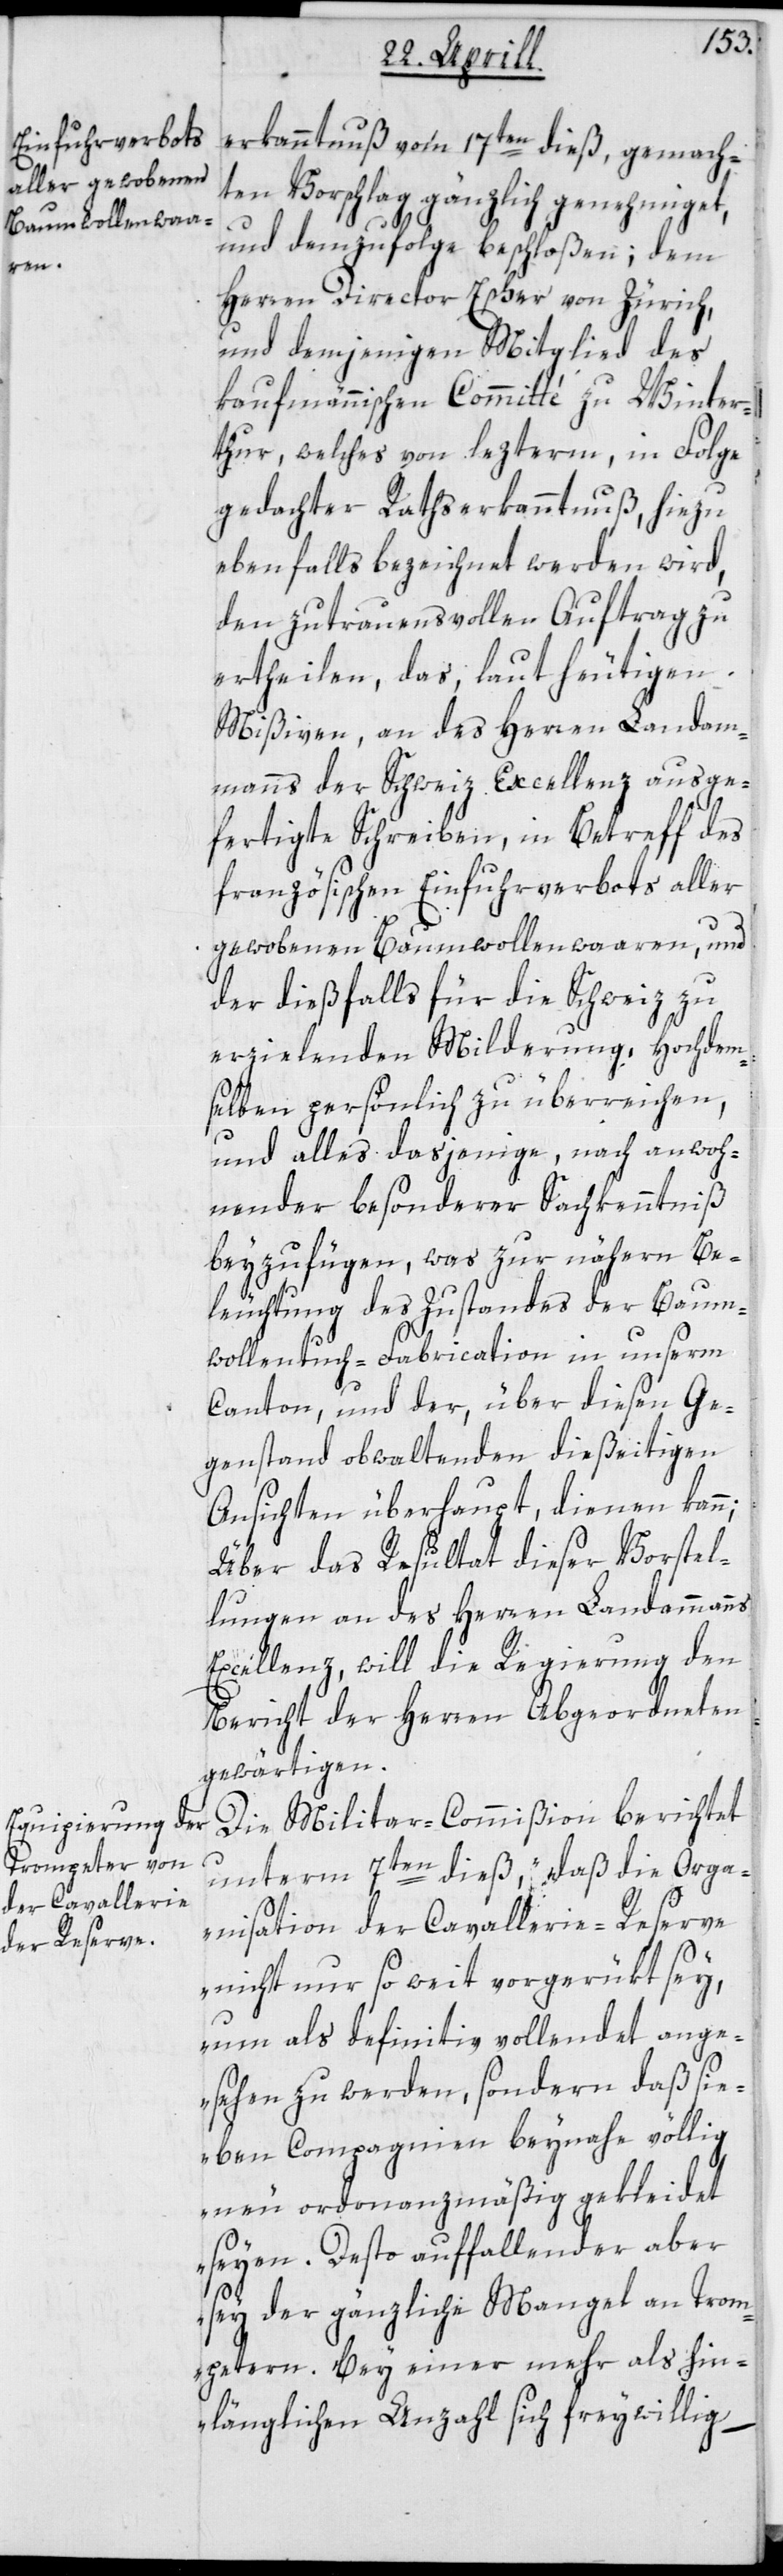
erkanntnuß vom 17sten dieß, gemach¬
ten Vorschlag gänzlich genehmiget,
n;
und demzufolge beschloßen, dem
Herren Director Escher von Zürich,
und demjenigen Mitglied des
kaufmännischen Committé zu Winter¬
thur, welches von lezterm, in Folge
gedachter Rathserkanntnuß, hiezu
ebenfalls bezeichnet werden wird,
den zutrauensvollen Auftrag zu
ertheilen, das laut heutigen
Mißiven, an des Herren Landam¬
manns der Schweiz Excellenz ausge¬
fertigte Schreiben, in Betreff des
französischen Einfuhrverbots aller
gewobenen Baumwollenwaaren, und
der dießfalls für die Schweiz zu
erzielenden Milderung, Hochdem¬
selben persönlich zu überreichen,
und alles dasjenige, nach anwoh¬
nender besonderer Sachkenntniß
beyzufügen, was zur nähern Be¬
leuchtung des Zustandes der Baum¬
wollentuch-Fabrication in unserm
Canton, und der, über diesen Ge¬
genstand obwaltenden dießeitigen
Ansichten überhaupt, dienen kan¬
Über das Resultat dieser Vorstel¬
lungen an des Herren Landammanns
Excellenz will die Regierung den
Bericht der Herren Abgeordneten
gewärtigen.
Die Militar-Commißion berichtet
unterm 7ten dieß, „daß die Orga¬
nisation der Cavallerie-Reserve
nicht nur so weit vorgerükt sey,
um als definitiv vollendet ange¬
sehen zu werden, sondern daß sie¬
ben Compagnien beynahe völlig
neu ordonanzmäßig gekleidet
seyen. Desto auffallender aber
sey der gänzliche Mangel an Trom¬
petern. Bey einer mehr als hin¬
länglichen Anzahl sich freiwillig